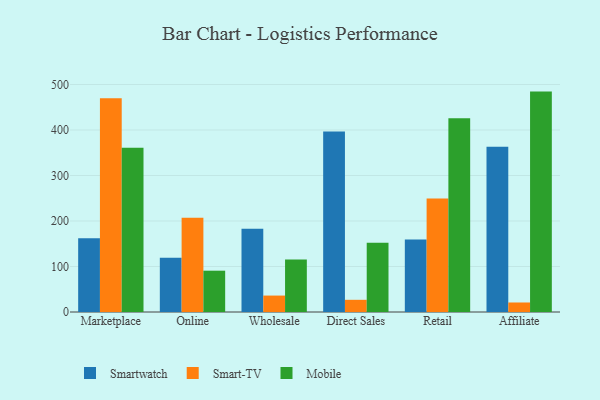
{"axis": {"x": "Channel", "y": "Shipments"}, "legend": ["Mobile", "Smart-TV", "Smartwatch"], "data": [{"x": "Marketplace", "y": 162.3, "type": "Smartwatch"}, {"x": "Marketplace", "y": 469.6, "type": "Smart-TV"}, {"x": "Marketplace", "y": 361.1, "type": "Mobile"}, {"x": "Online", "y": 119.3, "type": "Smartwatch"}, {"x": "Online", "y": 207.0, "type": "Smart-TV"}, {"x": "Online", "y": 90.8, "type": "Mobile"}, {"x": "Wholesale", "y": 183.2, "type": "Smartwatch"}, {"x": "Wholesale", "y": 36.1, "type": "Smart-TV"}, {"x": "Wholesale", "y": 115.4, "type": "Mobile"}, {"x": "Direct Sales", "y": 396.5, "type": "Smartwatch"}, {"x": "Direct Sales", "y": 26.8, "type": "Smart-TV"}, {"x": "Direct Sales", "y": 152.0, "type": "Mobile"}, {"x": "Retail", "y": 159.6, "type": "Smartwatch"}, {"x": "Retail", "y": 249.6, "type": "Smart-TV"}, {"x": "Retail", "y": 425.6, "type": "Mobile"}, {"x": "Affiliate", "y": 363.2, "type": "Smartwatch"}, {"x": "Affiliate", "y": 20.9, "type": "Smart-TV"}, {"x": "Affiliate", "y": 484.4, "type": "Mobile"}]}